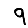
Digit: 9